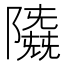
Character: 𱀲